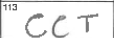
Transcription: CCT